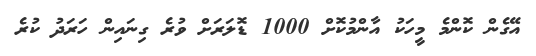
އޭގެން ކޮންމެ މީހަކު އާންމުކޮށް 1000 ޑޮލަރަށް ވުރެ ގިނައިން ހަރަދު ކުރެ